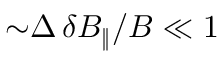
{ \sim } \Delta \, \delta B _ { \| } / B \ll 1